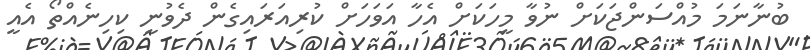
ބުނާނަމަ މުއްސަންޖަކަށް ނުވާ މީހަކަށް އެހާ އަވަހަށް ކުރިއަރައިގެން ދެވުނީ ކިހިނެއްތޯ އެއީ